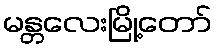
မန္တလေးမြို့တော်